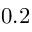
0 . 2